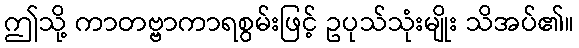
ဤသို့ ကာတဗ္ဗာကာရစွမ်းဖြင့် ဥပုသ်သုံးမျိုး သိအပ်၏။